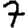
Digit: 7